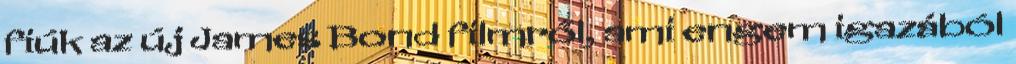
fiúk az új James Bond filmről, ami engem igazából